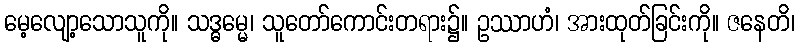
မေ့လျော့သောသူကို။ သဒ္ဓမ္မေ၊ သူတော်ကောင်းတရား၌။ ဥဿာဟံ၊ အားထုတ်ခြင်းကို။ ဇနေတိ၊